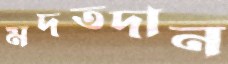
মদতদান